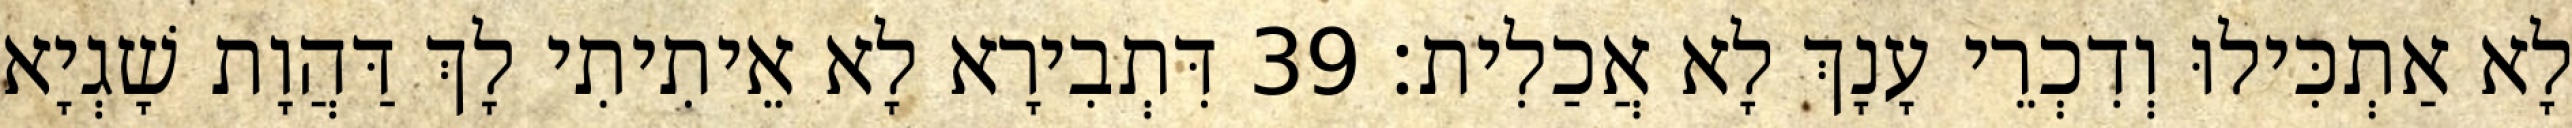
לָא אַתְכִּילוּ וְדִכְרֵי עָנָךְ לָא אֲכַלִית׃ 39 דִּתְבִירָא לָא אֵיתִיתִי לָךְ דַּהֲוָת שָׁגְיָא